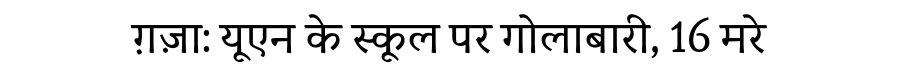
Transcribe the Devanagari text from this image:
ग़ज़ा: यूएन के स्कूल पर गोलाबारी, 16 मरे